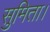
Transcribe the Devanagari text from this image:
सुमिता।